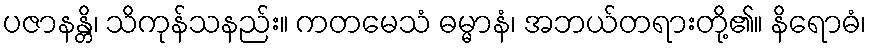
ပဇာနန္တိ၊ သိကုန်သနည်း။ ကတမေသံ ဓမ္မာနံ၊ အဘယ်တရားတို့၏။ နိရောဓံ၊